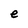
Character: e